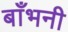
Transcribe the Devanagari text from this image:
बाँभनी